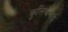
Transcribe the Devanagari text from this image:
कुलिथालाई